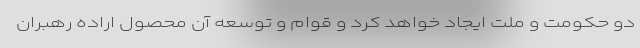
دو حکومت و ملت ایجاد خواهد کرد و قوام و توسعه آن محصول اراده رهبران